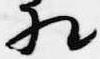
相